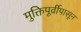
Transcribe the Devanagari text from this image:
मुक्तिपूर्वीपासून